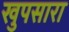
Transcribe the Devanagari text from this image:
खुपसारा